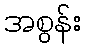
အစွန်း